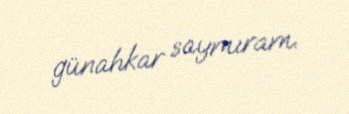
günahkar saymıram.